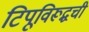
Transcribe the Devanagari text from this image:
टिपूविरूद्धची